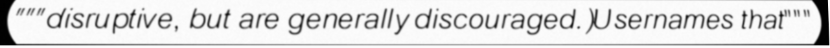
"""disruptive, but are generally discouraged.)Usernames that"""